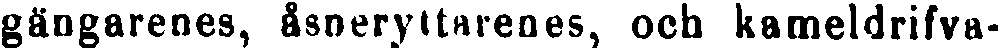
gängarenes, åsneryttarenes, och kameldrifva-